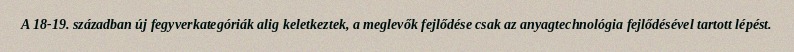
A 18-19. században új fegyverkategóriák alig keletkeztek, a meglevők fejlődése csak az anyagtechnológia fejlődésével tartott lépést.